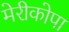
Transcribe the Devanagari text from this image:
मेरीकोपा